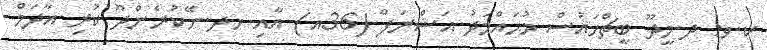
ކ.ވ: ދ.މީދޫ ބީޗްހައުސް މުޙައްމަދު އަޝްރަފް (36އ) އާއި ހދ.ނޭކުރެންދޫ ކުރި އާދަމް